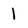
Character: 1